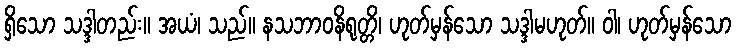
ရှိသော သဒ္ဒါတည်း။ အယံ၊ သည်။ နသဘာဝနိရုတ္တိ၊ ဟုတ်မှန်သော သဒ္ဒါမဟုတ်။ ဝါ၊ ဟုတ်မှန်သော